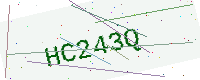
Text: HC243Q